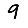
Digit: 9